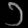
Digit: ၁